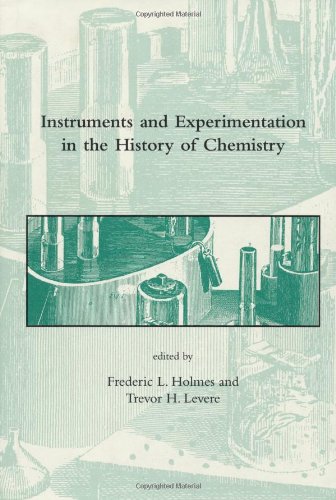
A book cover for Instruments and Experimentation in the History of Chemistry (Dibner Institute Studies in the History of Science and Technology); Science & Math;